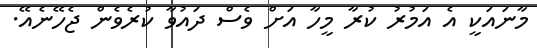
މާނައަކީ އެ އަމުރު ކުރާ މީހާ އަށް ވެސް ދައުވާ ކުރެވެން ޖެހޭނެއޭ.